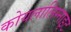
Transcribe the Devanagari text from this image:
कोयलालिग्नाइट